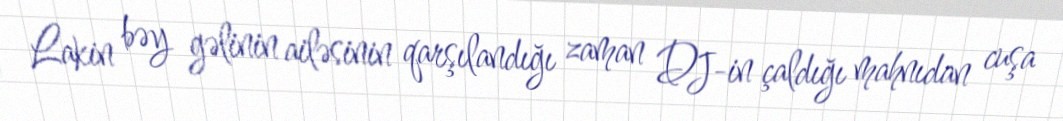
Lakin bəy gəlinin ailəsinin qarşılandığı zaman DJ-in çaldığı mahnıdan cuşa